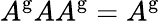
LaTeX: A^{\mathrm{g}}AA^{\mathrm{g}}=A^{\mathrm{g}}